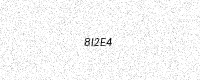
Text: 8I2E4